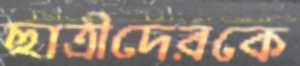
ছাত্রীদেরকে